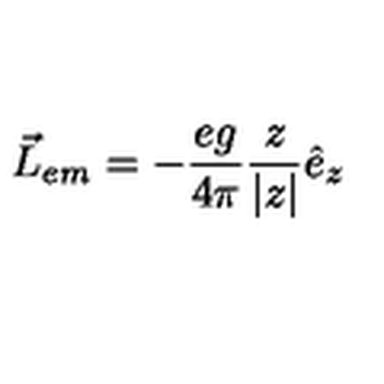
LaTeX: \vec { L } _ { e m } = - \frac { e g } { 4 \pi } \frac { z } { | z | } \hat { e } _ { z }